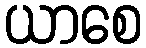
ယာစေ